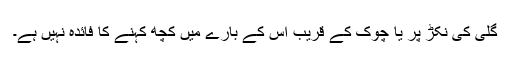
گلی کی نکڑ پر یا چوک کے قریب اس کے بارے میں کچھ کہنے کا فائدہ نہیں ہے۔